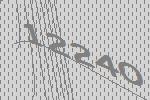
12240